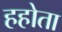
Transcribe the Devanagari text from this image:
हहोता